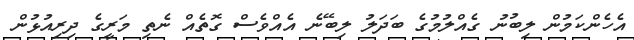
އެހެންކަމުން ލިބުނު ގެއްލުމުގެ ބަދަލު ލިބޭނެ އެއްވެސް ގޮތެއް ނެތި މަރީގެ ދިރިއުޅުން